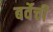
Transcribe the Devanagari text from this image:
बर्वेची